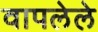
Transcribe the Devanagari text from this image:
वापलेले